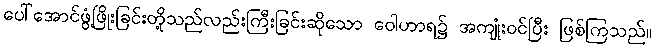
ပေါ်အောင်ဖွံ့ဖြိုးခြင်းတို့သည်လည်းကြီးခြင်းဆိုသော ဝေါဟာရ၌ အကျုံးဝင်ပြီး ဖြစ်ကြသည်။